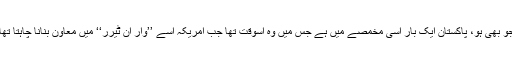
جو بھی ہو، پاکستان ایک بار اُسی مخمصے میں ہے جس میں وہ اُسوقت تھا جب امریکہ اسے ’’وار آن ٹیرر‘‘ میں معاون بنانا چاہتا تھا۔